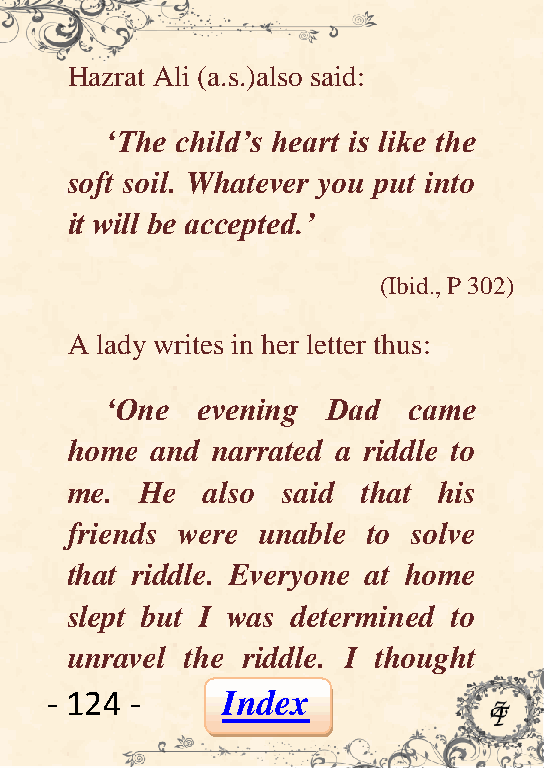
Hazrat Ali (a.s.)also said:
 „The child‟s heart is like the
 soft soil. Whatever you put into
 it will be accepted.‟
 (Ibid., P 302)
 A lady writes in her letter thus:
 „One  evening  Dad  came
 home  and narrated a riddle to
 me.  He   also said that his
 friends were unable to solve
 that riddle. Everyone at home
 slept but I was determined to
 unravel the riddle. I thought
 - 124 -     Index